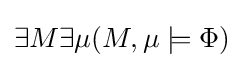
\exists M\exists \mu (M,\mu \models \Phi )